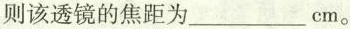
则该透镜的焦距为___cm。